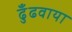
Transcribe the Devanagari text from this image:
ढुँढवाया